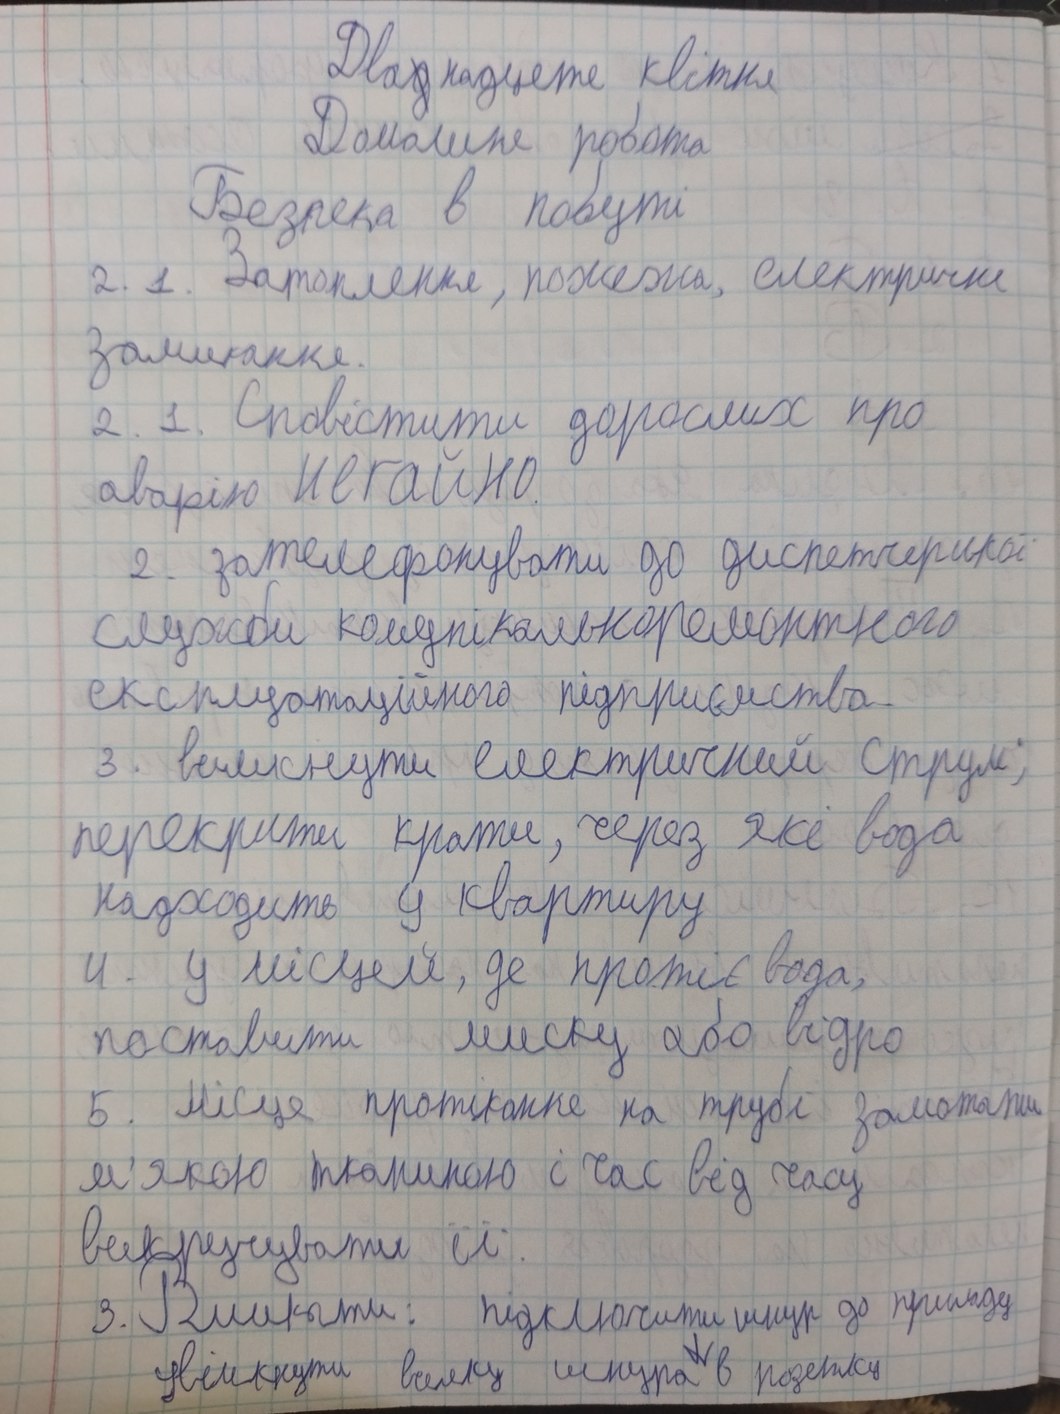
Дванадцяте квітня
Домашня робота
Безпека в побуті
2. 1. Затоплення, пожежа, електричне
замикання.
2. 1. Сповістити дорослих про
аварію НЕГАЙНО.
2. зателефонувати до диспетчерської
служби комунікальноремонтного
експлуатаційного підприємства
3. вимкнути електричний струм;
перекрити крани, через які вода
надходить у квартиру
4. У місцях, де протікає вода,
поставити миску або відро
5. Місце протікання на трубі замотати
м'якою тканиною і час від часу
викручувати її.
3. Вмикати: підключити шнур до приладу
увімкнути вилку шнура в розетку